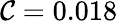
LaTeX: \mathcal{C}=0.018